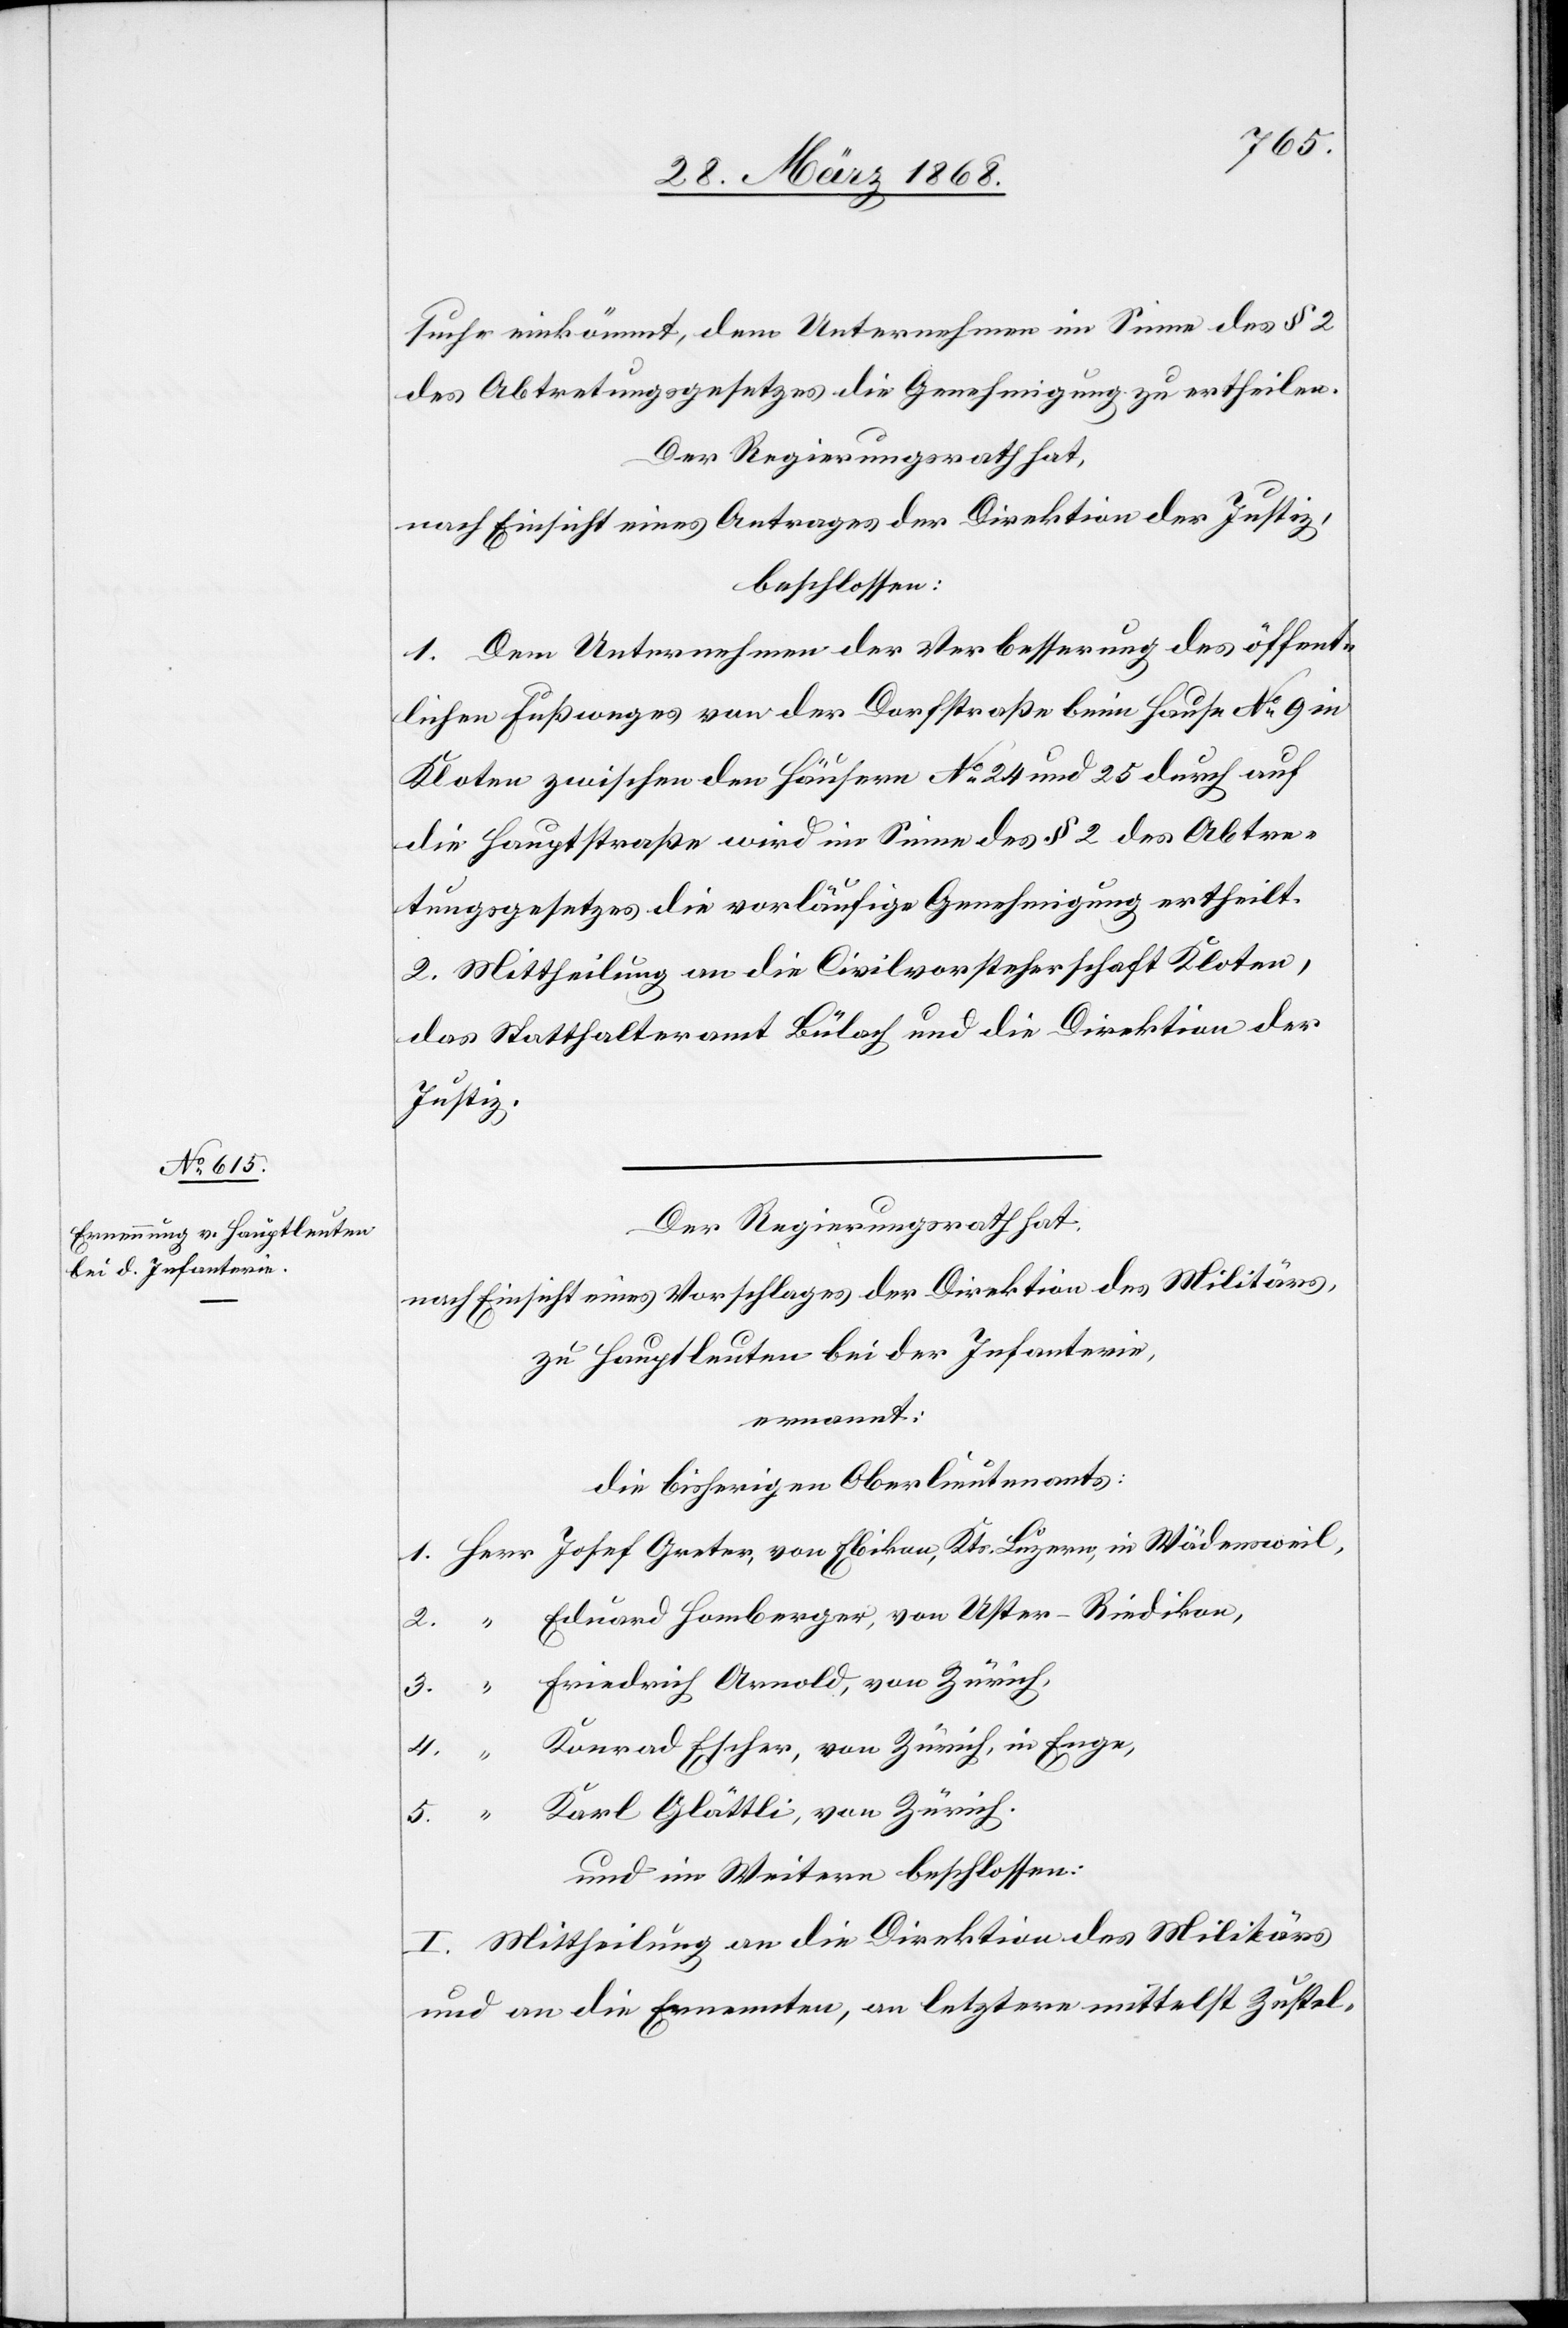
suche einkömmt, dem Unternehmen im Sinne des § 2
des Abtretungsgesetzes die Genehmigung zu ertheilen.
Der Regierungsrath hat,
nach Einsicht eines Antrages der Direktion der Justiz,
beschlossen:
1. Dem Unternehmen der Verbesserung des öffent¬
lichen Fußweges von der Dorfstraße beim Hause No. 9 in
Kloten zwischen den Häusern No. 24 und 25 durch auf
die Hauptstraße wird im Sinne des § 2 des Abtre¬
tungsgesetzes die vorläufige Genehmigung ertheilt.
2. Mittheilung an die Civilvorsteherschaft Kloten,
das Statthalteramt Bülach und die Direktion der
Justiz.
Der Regierungsrath hat,
nach Einsicht eines Vorschlages der Direktion des Militärs,
zu Hauptleuten bei der Infanterie,
ernannt:
die bisherigen Oberlieutenants:
Herr Josef Greter, von Ebikon, Kts. Luzern, in Wädensweil,
“ Eduard Homberger, von Uster-Riedikon,
Friedrich Arnold, von Zürich,
Konrad Escher, von Zürich, in Enge,
5.
Karl Glättli, von Zürich.
und im Weitern beschlossen:
I. Mittheilung an die Direktion des Militärs
und an die Ernennten, an letztere mittelst Zustel-